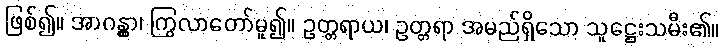
ဖြစ်၍။ အာဂန္တွာ၊ ကြွလာတော်မူ၍။ ဥတ္တရာယ၊ ဥတ္တရာ အမည်ရှိသော သူဋ္ဌေးသမီး၏။